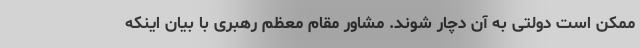
ممکن است دولتی به آن دچار شوند. مشاور مقام معظم رهبری با بیان اینکه